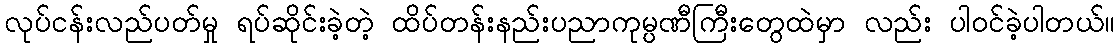
လုပ်ငန်းလည်ပတ်မှု ရပ်ဆိုင်းခဲ့တဲ့ ထိပ်တန်းနည်းပညာကုမ္ပဏီကြီးတွေထဲမှာ လည်း ပါဝင်ခဲ့ပါတယ်။